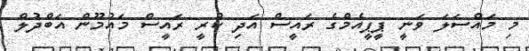
މި މައްސަލަ ވަނީ ޕީޕީއެމްގެ ރައީސް އަދި ކުރީ ރައީސް މައުމޫން އަބްދުލް